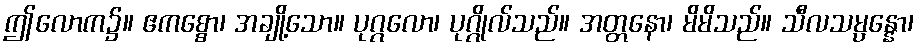
ဤလောက၌။ ဧကစ္စော၊ အချို့သော။ ပုဂ္ဂလော၊ ပုဂ္ဂိုလ်သည်။ အတ္တနော၊ မိမိသည်။ သီလသမ္ပန္နော၊